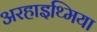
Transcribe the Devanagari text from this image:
अरहाइथ्मिया